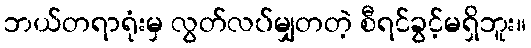
ဘယ်တရာရုံးမှ လွတ်လပ်မျှတတဲ့ စီရင်ခွင့်မရှိဘူး။